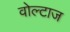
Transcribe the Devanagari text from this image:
वोल्टाज